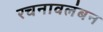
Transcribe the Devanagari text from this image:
रचनावलंबन